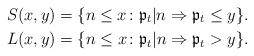
LaTeX: \begin{align*}& S(x,y) = \{ n \leq x \colon \mathfrak{p}_{t}|n \Rightarrow \mathfrak{p}_{t} \leq y \}.\\& L(x,y) = \{ n \leq x \colon \mathfrak{p}_{t}|n \Rightarrow \mathfrak{p}_{t} > y \}.\end{align*}